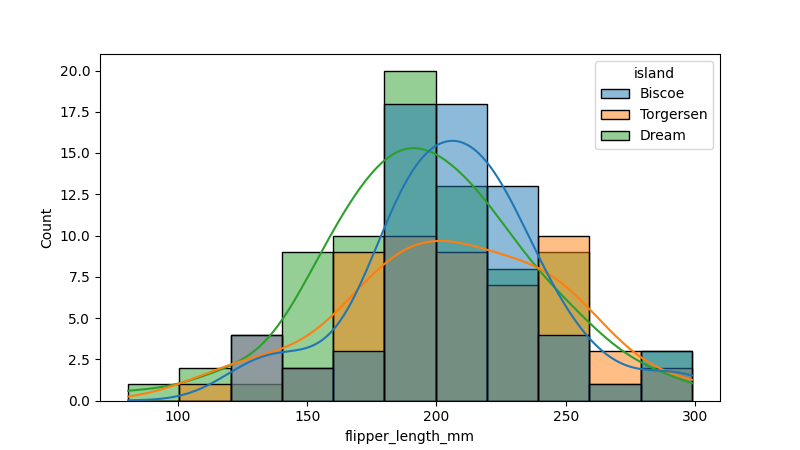
python, seaborn, histplot, hue='island', binwidth=20, bins='auto', element='bars'